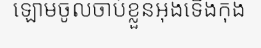
ឡោមចូលចាប់ខ្លួនអុងទើងកុង